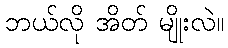
ဘယ်လို အိတ် မျိုးလဲ။